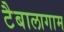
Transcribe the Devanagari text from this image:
टैबालागाम